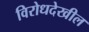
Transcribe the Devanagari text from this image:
विरोधदेखील